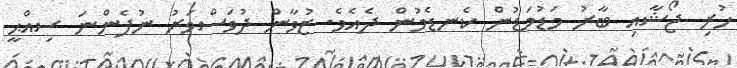
ހުރި ޖޯޝާއި ބާރު މަޑުމަޑުން ކެނޑެމުން ދެއެވެ. ޒުވާން ދުވަސްވަރު ނުފެންނަ ސިއްޙީ